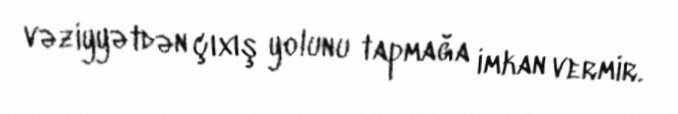
vəziyyətdən çıxış yolunu tapmağa imkan vermir.